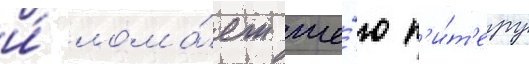
и́ лома́ет ше́ю п'и́т'еру